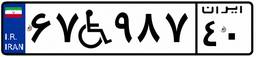
۳۱W۷۴۸۱۱